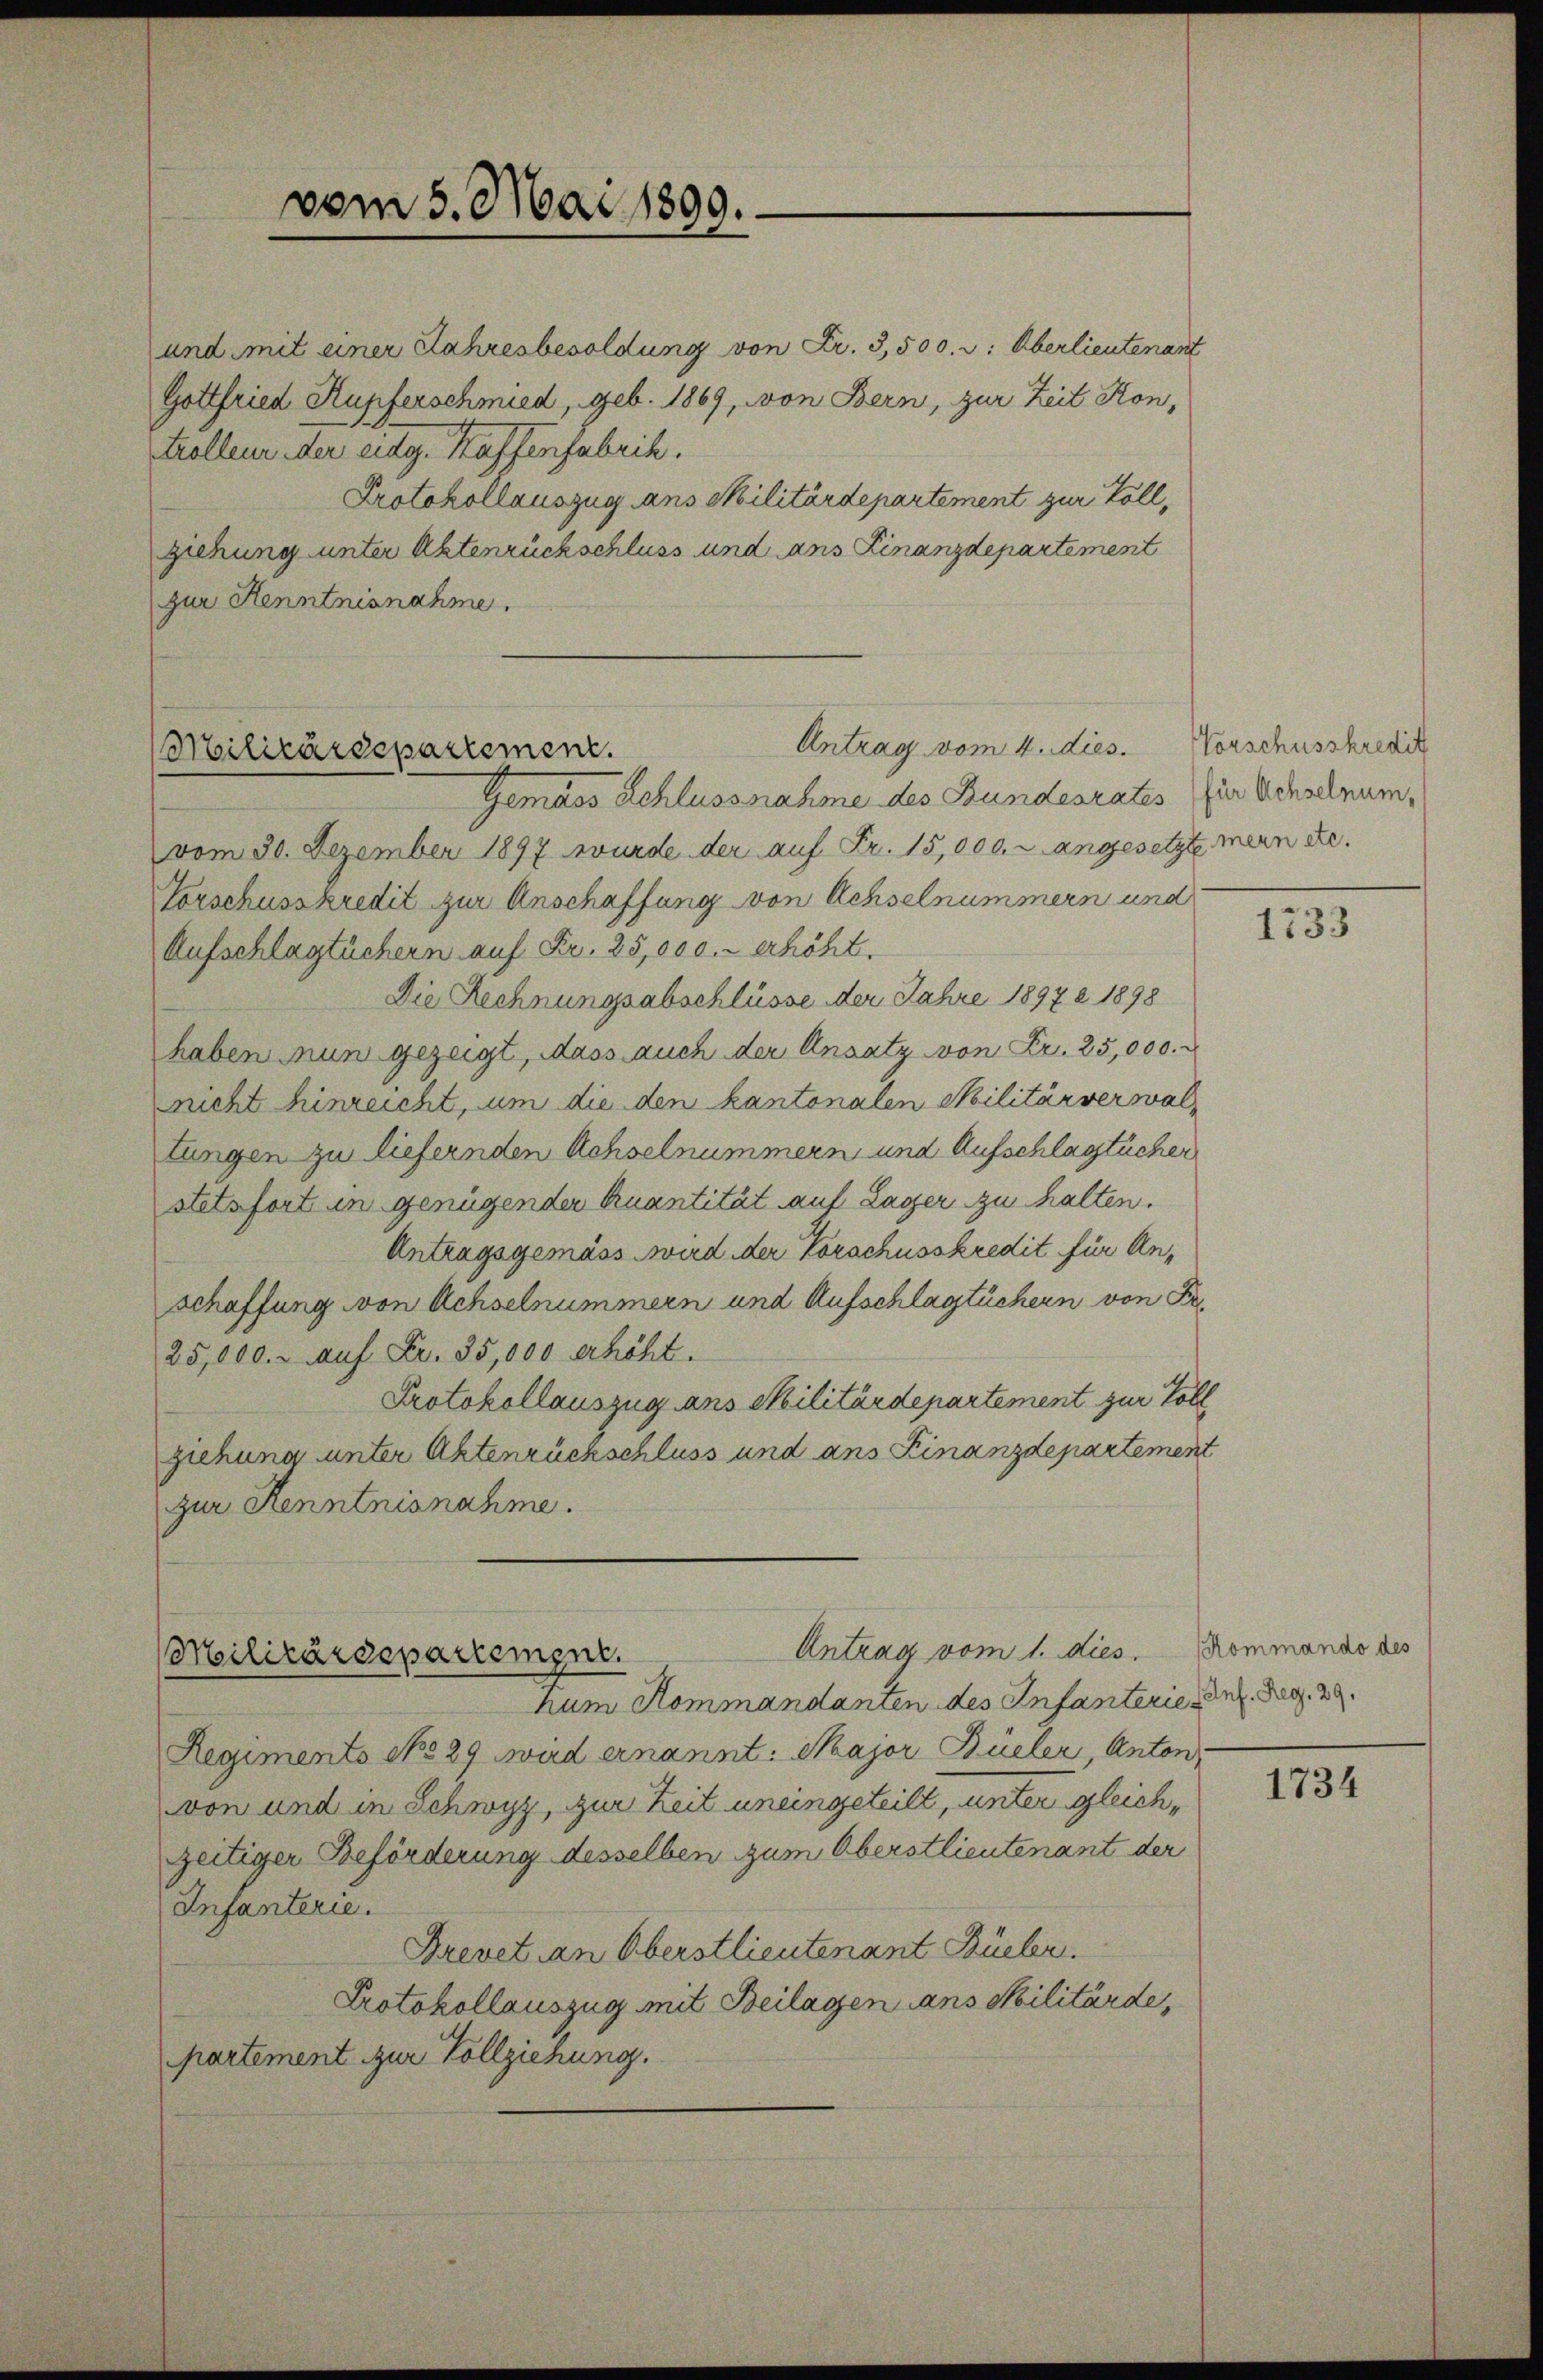
und mit einer Jahresbesoldung von Fr. 3,500. r: Oberlieutenant
Gottfried Kupferschmied, geb. 1869, von Bern, zur Zeit Kon¬
Kolleur der eidg. Haffenfabrik.
Protokollauszug ans Militärdepartement zur Vollziehung unter Aktenrückschluss und ans Finanzdepartement
zur Kenntnisnahme.

vom 5. Mai 1899.

Antrag vom 4. dies.
Militärdepartement.

Gemäss Schlussnahme des Bundesrates (in Achselnum,
vom 30. Dezember 1897 wurde der auf Fr. 15,000. r angesetzte mein etc.
Vorschusskredit zur Anschaffung von Achselnummern und
Aufschlagtüchern auf Fr. 25,000.- erhöht.
Die Rechnungsabschlüsse der Jahre 18972 1898
haben nun gezeigt, dass auch der Ansatz von Fr. 25,000.
nicht hinreicht, um die den kantonalen Militärverwaltungen zu liefernden Achselnummern und Aufschlägtücher
stetsfort in genügender Quantität auf Lager zu halten.
Antragsgemäss wird der Vorschusskredit für Anschaffung von Achselnummern und Aufschlägtüchern von Sr.
25,000. auf Fr. 35,000 erhöht.
Protokollauszug aus Militärdepartement zur Voll
ziehung unter Aktenrückschluss und ans Finanzdepartement
zur Kenntnisnahme.

Antrag vom 1. dies. Kommando des
Militärdepartement.

Vorschusskredit

hum Kommandanten des Infanterie der Reg. 29.
Regimento No 29. wird ernannt: Major Büeler, Anton,
von und in Schwyz, zur Zeit uneingeteilt, unter gleichzeitiger Beförderung desselben zum Oberstlieutenant der
Infanterie.
Brevet an Oberstlieutenant Büeler.
Protokollauszug mit Beilagen ans Militärde,
partement zur Vollziehung.

1733

1734